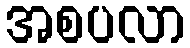
အစပလာ